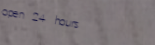
open 24 hours